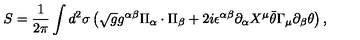
S = \frac { 1 } { 2 \pi } \int d ^ { 2 } \sigma \left( \sqrt { g } g ^ { \alpha \beta } \Pi _ { \alpha } \cdot \Pi _ { \beta } + 2 i \epsilon ^ { \alpha \beta } \partial _ { \alpha } X ^ { \mu } \bar { \theta } \Gamma _ { \mu } \partial _ { \beta } \theta \right) ,